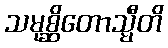
သမုစ္ဆိတောသ္မီတိ